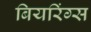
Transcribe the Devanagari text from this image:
बियरिंग्स